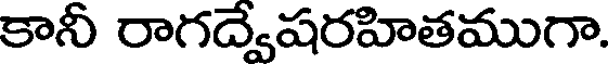
కానీ రాగద్వేషరహితముగా.